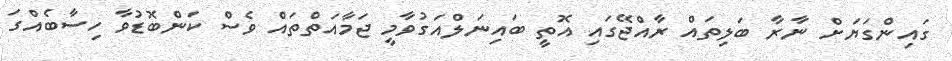
ގައިންގަޔަށް ނާރާ ބަލިތައް ރާއްޖޭގައި އޮތީ ބައިނަލްއަގުވާމީ ޖަމާއަތްތައް ވެސް ކަންބޮޑުވާ ހިސާބެއްގަ